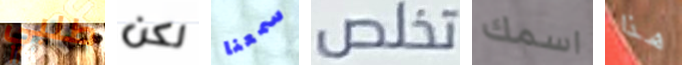
طلبي لكن سمعنا تخلص اسمك هذا